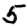
Digit: 5